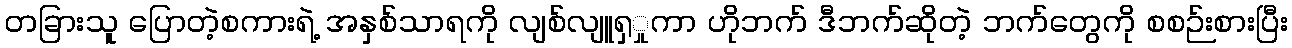
တခြားသူ ပြောတဲ့စကားရဲ့ အနှစ်သာရကို လျစ်လျူရှှုကာ ဟိုဘက် ဒီဘက်ဆိုတဲ့ ဘက်တွေကို စစဉ်းစားပြီး